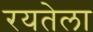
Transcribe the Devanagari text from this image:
रयतेला